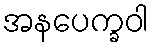
အနပေက္ခဝါ